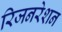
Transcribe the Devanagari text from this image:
रिजनरेशन